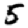
Digit: 5